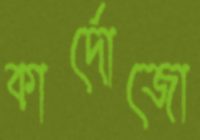
কার্দোজো